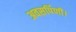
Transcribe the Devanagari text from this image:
अवसर्पिणी।